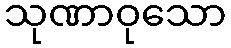
သုဏာဝုသော